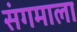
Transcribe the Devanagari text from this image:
संगमाला